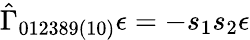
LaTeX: \hat{\Gamma}_{012389(10)}\epsilon=-s_{1}s_{2}\epsilon